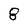
Character: 8